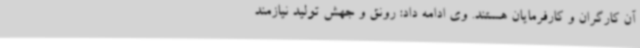
آن کارگران و کارفرمایان هستند. وی ادامه داد: رونق و جهش تولید نیازمند